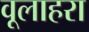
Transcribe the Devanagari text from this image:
वूलाहरा